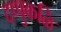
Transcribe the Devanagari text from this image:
दप्पुकळि